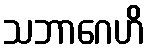
သဘာဂေဟိ